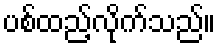
ပစ်ထည့်လိုက်သည်။